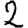
Digit: 2